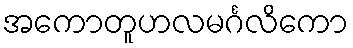
အကောတူဟလမင်္ဂလိကော